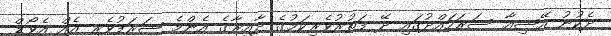
ދެކުނު އޭޝިއާ ސަރަހައްދުގައި ދޭ ފަތުރުވެރިކަމުގެ ދާއިރާގެ އެންމެ ޝަރަފުވެރި އެއް އެވޯޑް